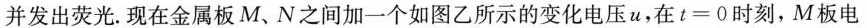
并发出荧光。现在金属板M、N之间加一个如图乙所示的变化电压u，在$$t = 0$$时刻，M板电